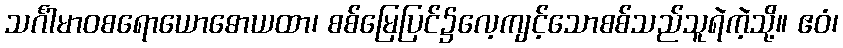
သင်္ဂါမာဝစရောယောဓောယထာ၊ စစ်မြေပြင်၌လေ့ကျင့်သောစစ်သည်သူရဲကဲ့သို့။ ဧဝံ၊